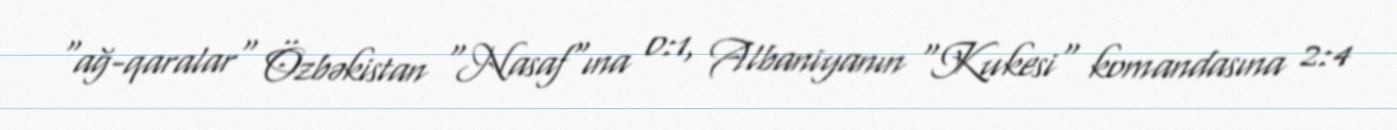
"ağ-qaralar" Özbəkistan "Nasaf"ına 0:1, Albaniyanın "Kukesi" komandasına 2:4